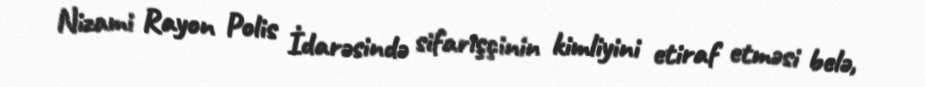
Nizami Rayon Polis İdarəsində sifarişçinin kimliyini etiraf etməsi belə,